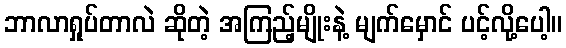
ဘာလာရှုပ်တာလဲ ဆိုတဲ့ အကြည့်မျိုးနဲ့ မျက်မှောင် ပင့်လို့ပေါ့။